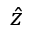
\hat { z }